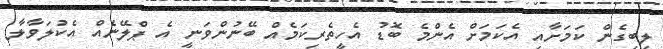
ލިބިގެން ކަމަށާއި އެކަމަށް އެންމެ ބޮޑު އެހީތެރިކަމެއް ބޭނުންވަނީ އެ ޕްލޭނެއް އެކުލަވާލާ